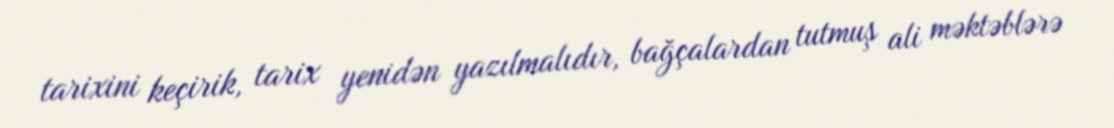
tarixini keçirik, tarix yenidən yazılmalıdır, bağçalardan tutmuş ali məktəblərə